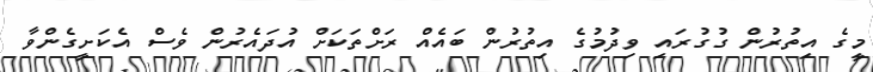
މީގެ އިތުރުން ގުގުރައި ވިދުމުގެ އިތުރުން ބައެއް ރަށްތަކަށް އުދައެރުން ވެސް އެކަށީގެންވާ